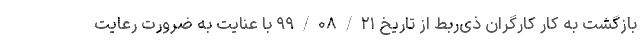
بازگشت به کار کارگران ذی‌ربط از تاریخ ۹۹/۰۸/۲۱ با عنایت به ضرورت رعایت